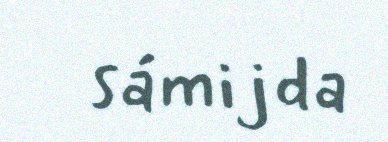
sámijda